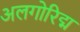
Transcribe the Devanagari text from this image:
अलगोरिद्म